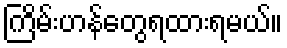
ကြိမ်းဟန်တွေရထားရမယ်။